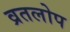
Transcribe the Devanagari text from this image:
व्रतलोप